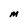
Character: M